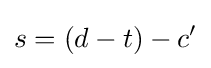
s=(d-t)-c'